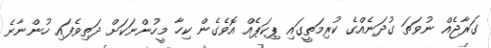
ގަރާޖެއް ނުވަތަ ގުދަނެއްގެ ކުރިމަތީގައި ޕިކަޕެއް އޮވެގެން ކިހާ މީހުންނަކަށް ދަތިވެފައި ހުންނާނެ